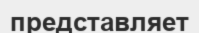
представляет